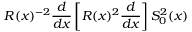
R ( x ) ^ { - 2 } \frac { d } { d x } \left[ R ( x ) ^ { 2 } \frac { d } { d x } \right] S _ { 0 } ^ { 2 } ( x )